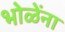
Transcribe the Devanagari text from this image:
भोळेंना